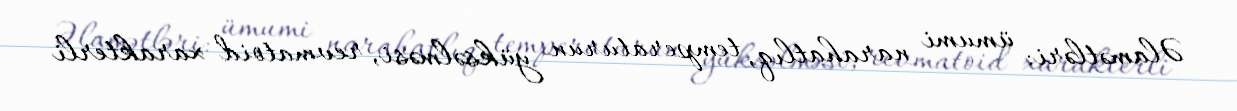
Əlamətləri: ümumi narahatlıq, temperaturun yüksəlməsi, revmatoid xarakterli